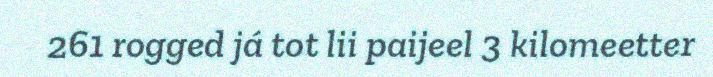
261 rogged já tot lii paijeel 3 kilomeetter